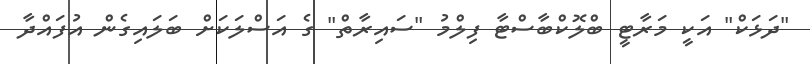
"ދަޅަކް" އަކީ މަރާޓީ ބްލޮކްބާސްޓާ ފިލްމު "ސައިރާތް" ގެ އަސްލަކަށް ބަލައިގެން އުފައްދާ